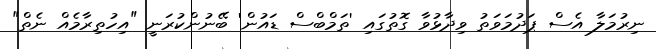
ނިރުމަލާ އެސް ޕަދުމަވަތު ވިދާޅުވާ ގޮތުގައި 'ތަމްބްސް ޑައުން' ބޭނުންކުރަނީ "އިހުތިރާމެއް ނެތް"